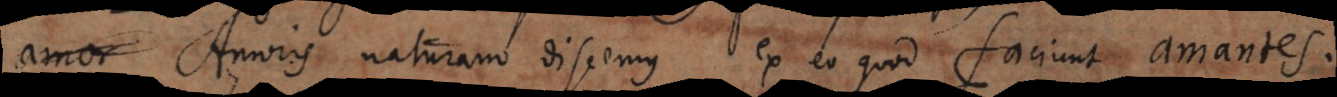
amor Amoris naturam discemus ex eo quod faciunt amantes.